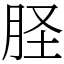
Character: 𦙾